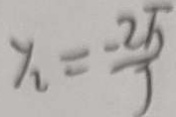
y _ { 2 } = \frac { 2 \sqrt { 5 } } { 7 }